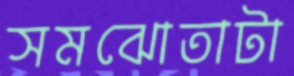
সমঝোতাটা